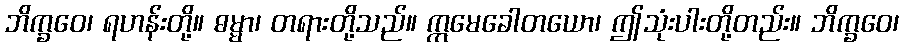
ဘိက္ခဝေ၊ ရဟန်းတို့။ ဓမ္မာ၊ တရားတို့သည်။ ဣမေခေါတယော၊ ဤသုံးပါးတို့တည်း။ ဘိက္ခဝေ၊